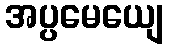
အပ္ပမေယျေ